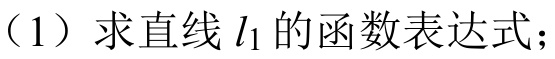
（1）求直线\(l_{1}\)的函数表达式；